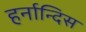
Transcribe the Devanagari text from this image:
हर्नान्दिस